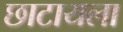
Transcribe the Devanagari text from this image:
छाटायला